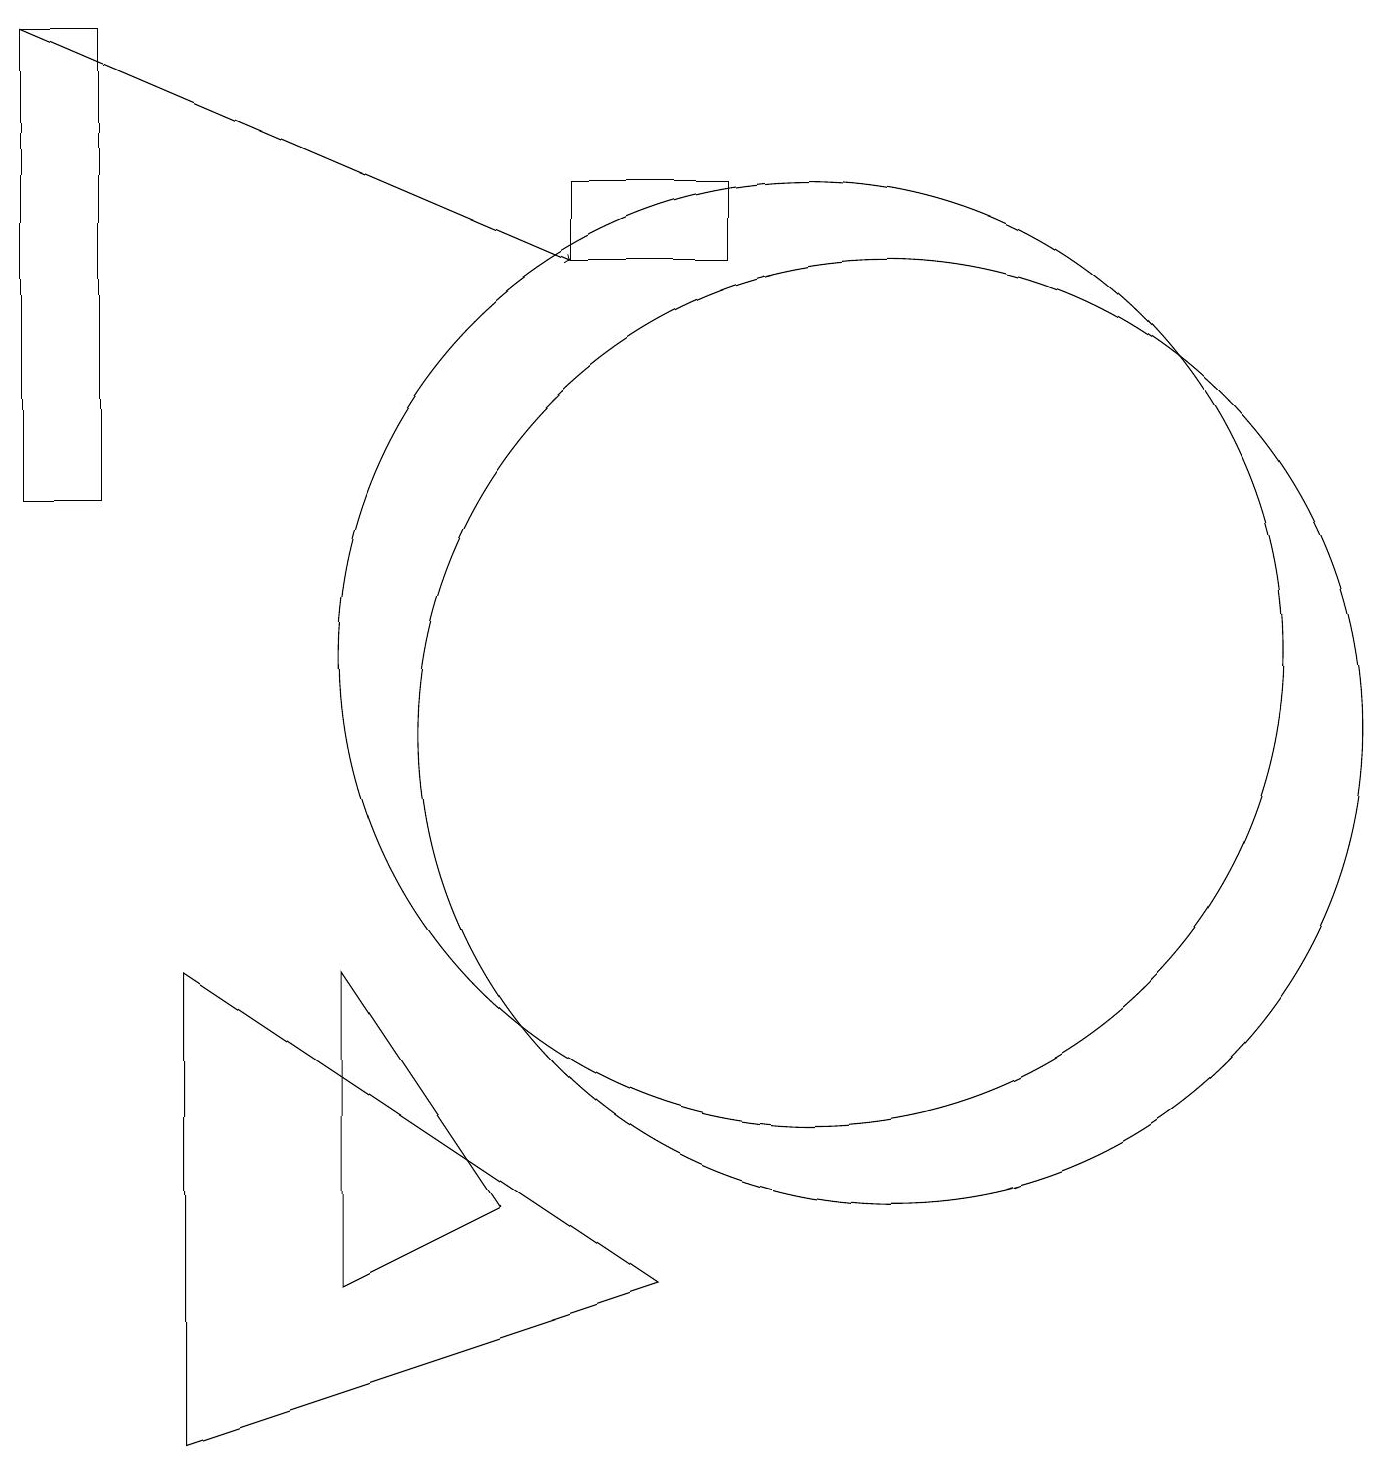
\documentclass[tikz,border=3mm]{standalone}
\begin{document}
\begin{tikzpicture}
\draw (7,17) rectangle (9,16);
\draw (10,10) circle (0);
\draw (8,3) -- (2,1) -- (2,7) -- cycle;
\draw (1,19) rectangle (0,13);
\draw (11,10) circle (6);
\draw (10,11) circle (6);
\draw[->] (0,19) -- (7,16);
\draw (4,7) -- (4,3) -- (6,4) -- cycle;
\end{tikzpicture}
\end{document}